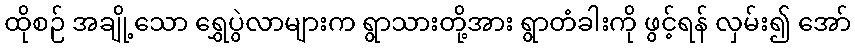
ထိုစဉ် အချို့သော ရွှေပွဲလာများက ရွာသားတို့အား ရွာတံခါးကို ဖွင့်ရန် လှမ်း၍ အော်